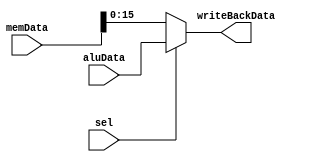
module writeBack(
    input sel,
    input [31:0] memData,
    input [15:0] aluData,

    output reg [15:0] writeBackData
);
    always @(*) begin
        if (sel) 
            writeBackData = aluData;
        else 
            writeBackData = memData[15:0];
    end
endmodule